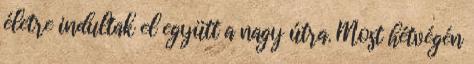
életre indultak el együtt a nagy útra. Most hétvégén